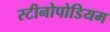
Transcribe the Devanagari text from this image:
स्टीनोपोडियम